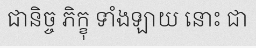
ជានិច្ច ភិក្ខុ ទាំងឡាយ នោះ ជា